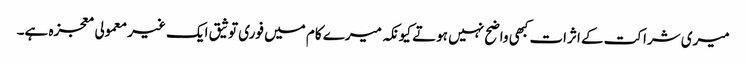
میری شراکت کے اثرات کبھی واضح نہیں ہوتے کیونکہ میرے کام میں فوری توثیق ایک غیر معمولی معجزہ ہے۔